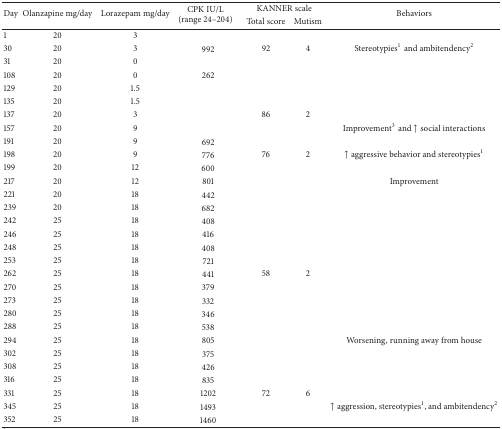
| <ROWSPAN=2> Day | <ROWSPAN=2> Olanzapine mg/day | <ROWSPAN=2> Lorazepam mg/day | <ROWSPAN=2> CPK IU/L (range 24–204) | <COLSPAN=2> KANNER scale | <ROWSPAN=2> Behaviors |
 | Total score | Mutism |
 | --- | --- | --- | --- | --- | --- | --- |
 | 1 | 20 | 3 |  |  |  |  |
 | 30 | 20 | 3 | 992 | 92 | 4 | Stereotypies1and ambitendency2 |
 | 31 | 20 | 0 |  |  |  |  |
 | 108 | 20 | 0 | 262 |  |  |  |
 | 129 | 20 | 1.5 |  |  |  |  |
 | 135 | 20 | 1.5 |  |  |  |  |
 | 137 | 20 | 3 |  | 86 | 2 |  |
 | 157 | 20 | 9 |  |  |  | Improvement3and ↑ social interactions |
 | 191 | 20 | 9 | 692 |  |  |  |
 | 198 | 20 | 9 | 776 | 76 | 2 | ↑ aggressive behavior and stereotypies1 |
 | 199 | 20 | 12 | 600 |  |  |  |
 | 217 | 20 | 12 | 801 |  |  | Improvement |
 | 221 | 20 | 18 | 442 |  |  |  |
 | 239 | 20 | 18 | 682 |  |  |  |
 | 242 | 25 | 18 | 408 |  |  |  |
 | 246 | 25 | 18 | 416 |  |  |  |
 | 248 | 25 | 18 | 408 |  |  |  |
 | 253 | 25 | 18 | 721 |  |  |  |
 | 262 | 25 | 18 | 441 | 58 | 2 |  |
 | 270 | 25 | 18 | 379 |  |  |  |
 | 273 | 25 | 18 | 332 |  |  |  |
 | 280 | 25 | 18 | 346 |  |  |  |
 | 288 | 25 | 18 | 538 |  |  |  |
 | 294 | 25 | 18 | 805 |  |  | Worsening, running away from house |
 | 302 | 25 | 18 | 375 |  |  |  |
 | 308 | 25 | 18 | 426 |  |  |  |
 | 316 | 25 | 18 | 835 |  |  |  |
 | 331 | 25 | 18 | 1202 | 72 | 6 |  |
 | 345 | 25 | 18 | 1493 |  |  | ↑ aggression, stereotypies1, and ambitendency2 |
 | 352 | 25 | 18 | 1460 |  |  |  |